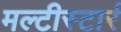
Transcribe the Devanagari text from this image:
मल्टीस्टार्र